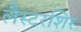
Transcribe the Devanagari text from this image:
लैस्टरशिर